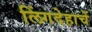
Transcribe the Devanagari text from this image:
लिंगदेहाचें